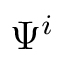
\Psi ^ { i }